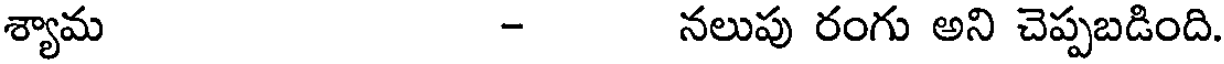
శ్యామ - నలుపు రంగు అని చెప్పబడింది